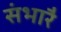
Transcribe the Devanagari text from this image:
संभारै